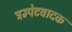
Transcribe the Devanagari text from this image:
ट्रम्पेटवादक